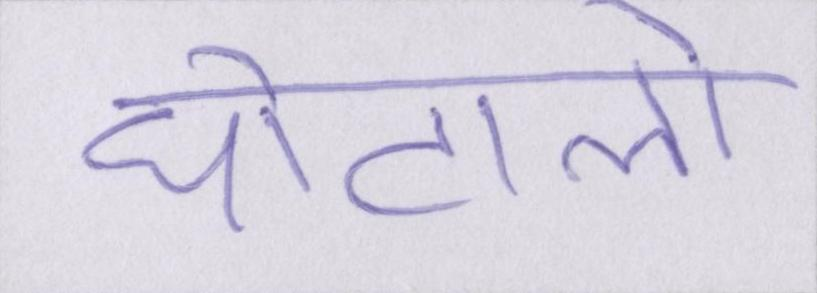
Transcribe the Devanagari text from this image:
घोटालो